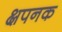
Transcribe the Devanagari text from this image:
क्षपनक